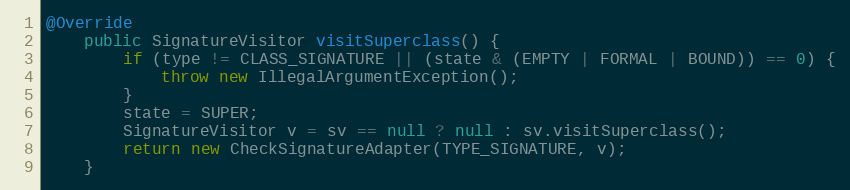
Language: Java
@Override
    public SignatureVisitor visitSuperclass() {
        if (type != CLASS_SIGNATURE || (state & (EMPTY | FORMAL | BOUND)) == 0) {
            throw new IllegalArgumentException();
        }
        state = SUPER;
        SignatureVisitor v = sv == null ? null : sv.visitSuperclass();
        return new CheckSignatureAdapter(TYPE_SIGNATURE, v);
    }